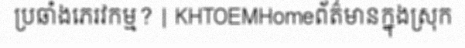
ប្រឆាំងភេរវកម្ម? | KHTOEMHomeព័ត៌មានក្នុងស្រុក